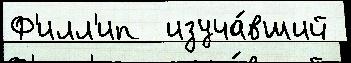
Ф'илл'ип  изуча́вший